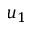
u _ { 1 }